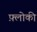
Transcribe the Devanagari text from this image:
फ़्लोकी